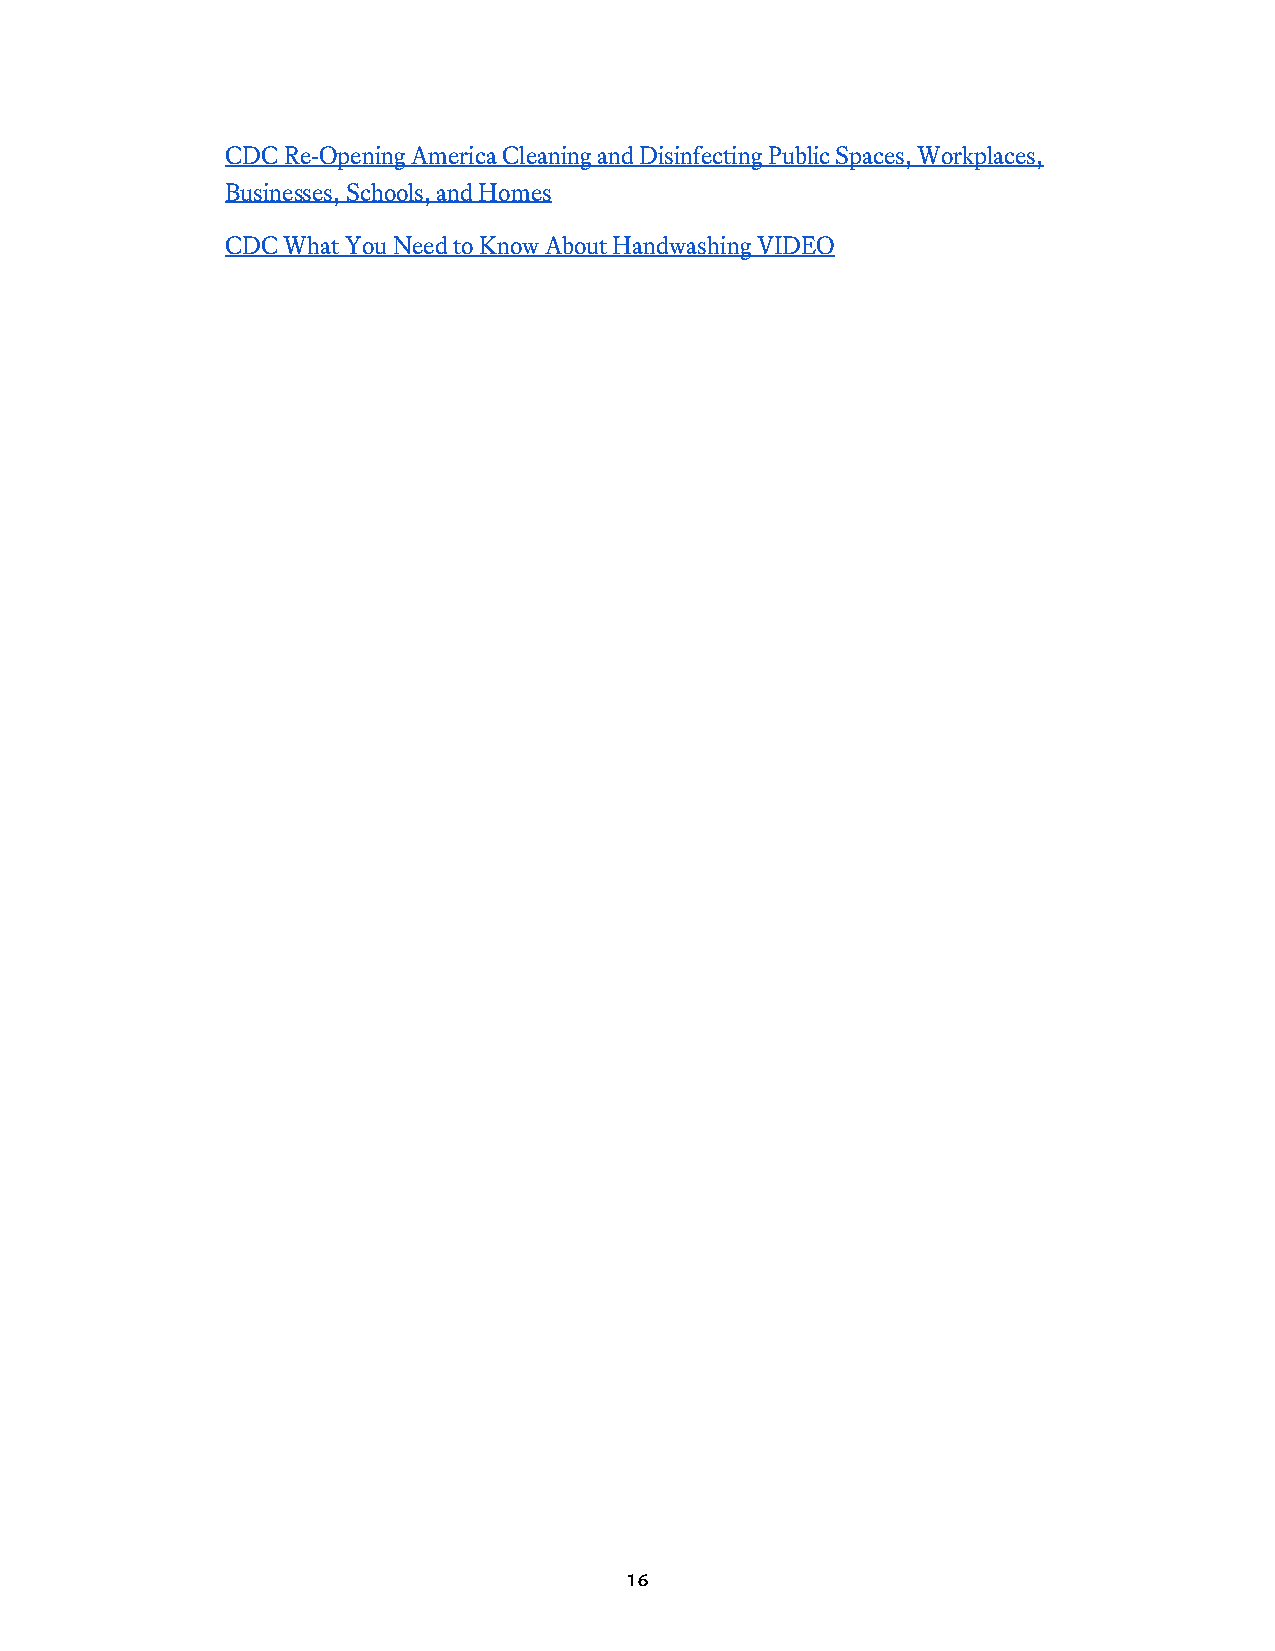
CDC Re-Opening America Cleaning and Disinfecting Public Spaces, Workplaces,
 Businesses, Schools, and Homes
 CDC What You Need to Know About Handwashing VIDEO
 16